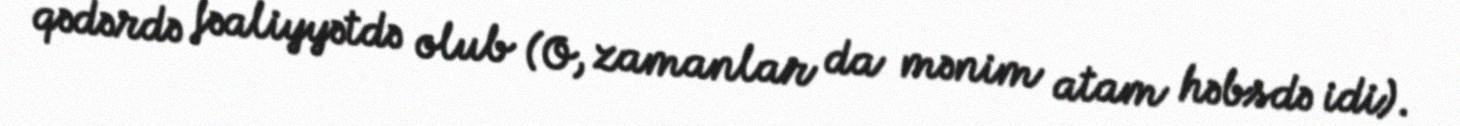
qədərdə fəaliyyətdə olub (O, zamanlar da mənim atam həbsdə idi).